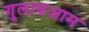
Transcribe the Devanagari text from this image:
गुलाबजाम